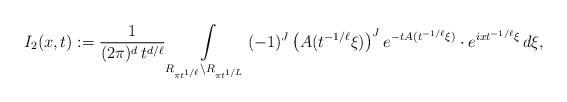
LaTeX: \begin{align*}I_2(x,t):=\dfrac{1}{(2\pi)^d\, t^{d/\ell}}\int\limits_{R_{\pi t^{1/\ell}}\setminus R_{\pi t^{1/L}}} (-1)^J \left(A(t^{-1/\ell}\xi)\right)^J e^{-tA(t^{-1/\ell}\xi)} \cdot e^{ix t^{-1/\ell}\xi}\, d\xi,\end{align*}